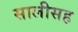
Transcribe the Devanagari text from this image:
सालीसह